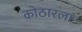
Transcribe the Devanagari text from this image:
कोठारला